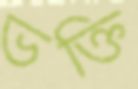
ভক্তি